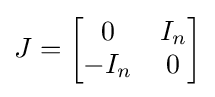
J={\begin{bmatrix}0&I_{n}\\-I_{n}&0\\\end{bmatrix}}